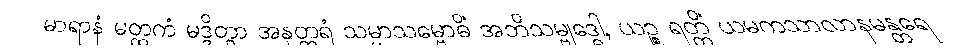
မာရာနံ မတ္ထကံ မဒ္ဒိတွာ အနုတ္တရံ သမ္မာသမ္ဗောဓိံ အဘိသမ္ဗုဒ္ဓေါ, ယဉ္စ ရတ္တိံ ယမကသာလာနမန္တရေ